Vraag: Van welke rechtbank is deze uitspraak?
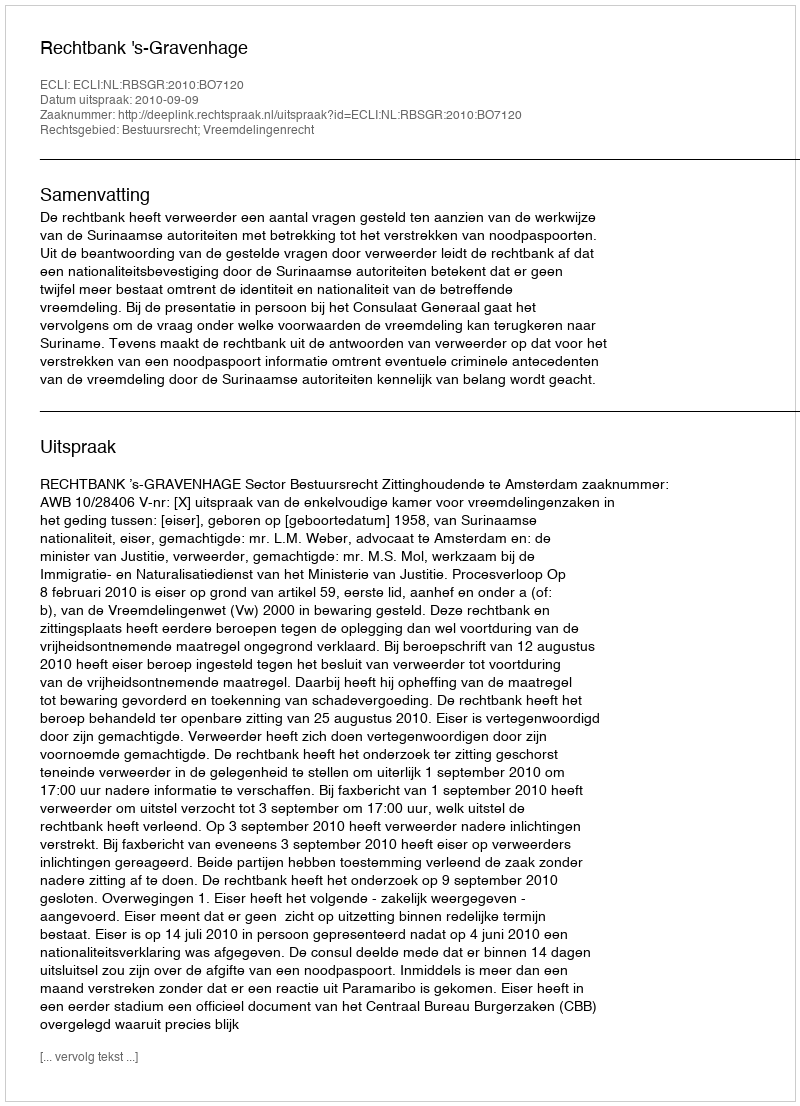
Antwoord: Rechtbank 's-Gravenhage